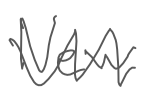
Text: New
Cross-out: zig-zag
Writing tool: digital_gray